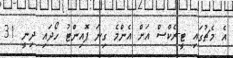
އެ މެޗުގައި ޓީ-ރެކްސް އަށް އެންމެ ގިނަ ޕޮއިންޓު ހޯދައި ދިނީ 31